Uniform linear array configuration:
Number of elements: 4
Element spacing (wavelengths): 0.5
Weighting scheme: exponential
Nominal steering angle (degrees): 45
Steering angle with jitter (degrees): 46.557
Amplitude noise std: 0.05
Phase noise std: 0.05

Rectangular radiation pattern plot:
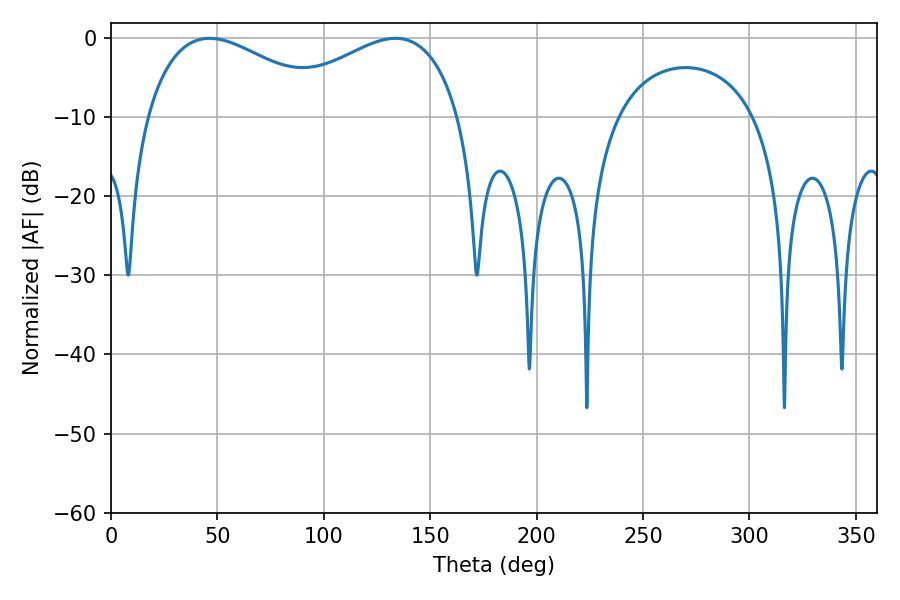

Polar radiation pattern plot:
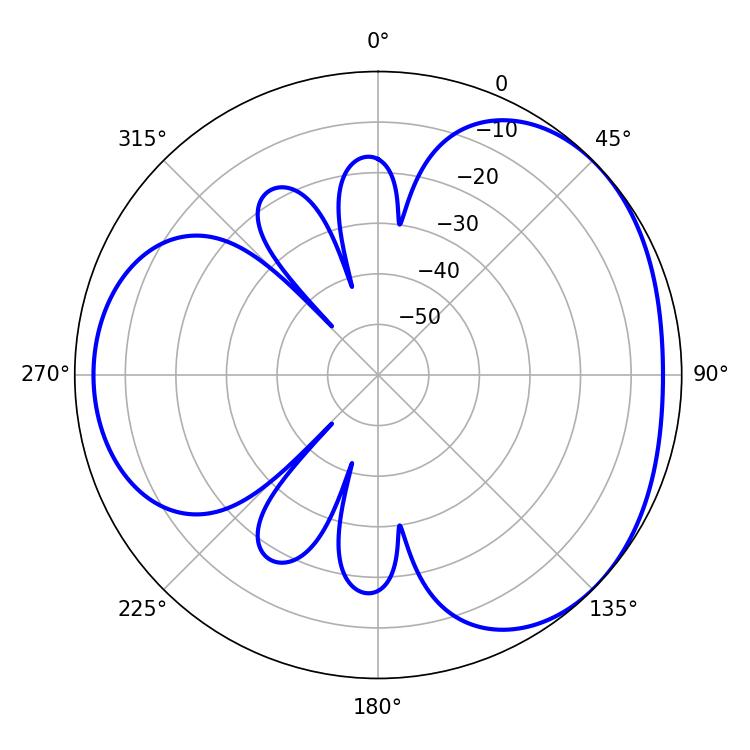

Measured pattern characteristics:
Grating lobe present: FALSE
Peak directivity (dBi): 3.304
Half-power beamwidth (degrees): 48.78
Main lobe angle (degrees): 46.26